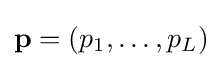
\mathbf {p} =(p_{1},\ldots ,p_{L})